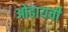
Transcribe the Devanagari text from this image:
ओढायची